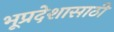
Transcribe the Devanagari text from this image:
भूप्रदेशासाठी